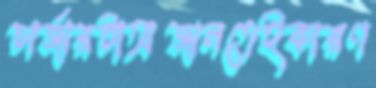
চার্জারটাঅজানতেইকারণ